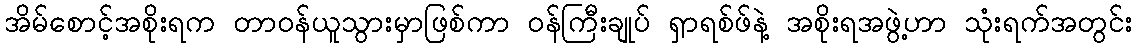
အိမ်စောင့်အစိုးရက တာဝန်ယူသွားမှာဖြစ်ကာ ဝန်ကြီးချုပ် ရှာရစ်ဖ်နဲ့ အစိုးရအဖွဲ့ဟာ သုံးရက်အတွင်း